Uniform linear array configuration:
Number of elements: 16
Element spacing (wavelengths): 1
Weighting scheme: hamming
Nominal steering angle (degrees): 45
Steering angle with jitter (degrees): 46.829
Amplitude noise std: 0.05
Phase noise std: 0.05

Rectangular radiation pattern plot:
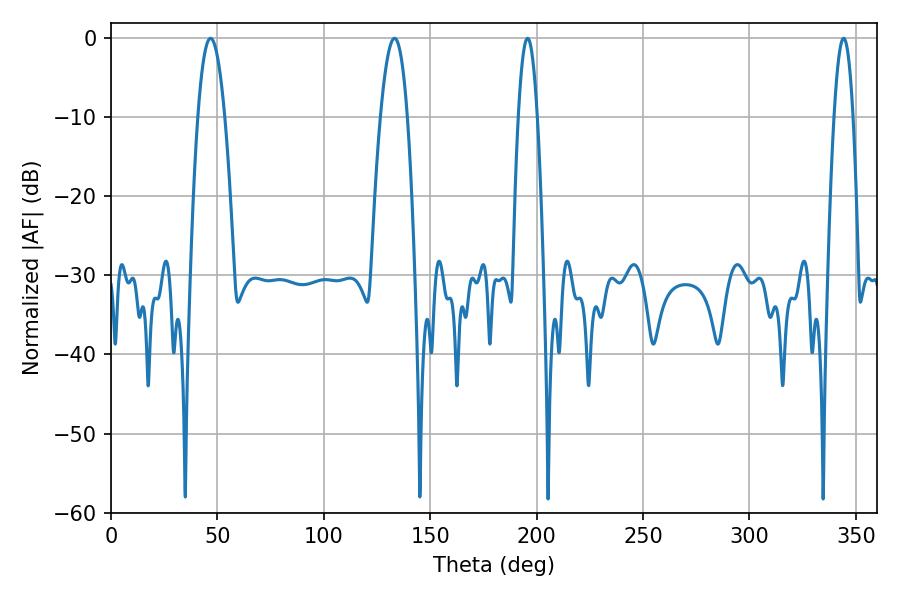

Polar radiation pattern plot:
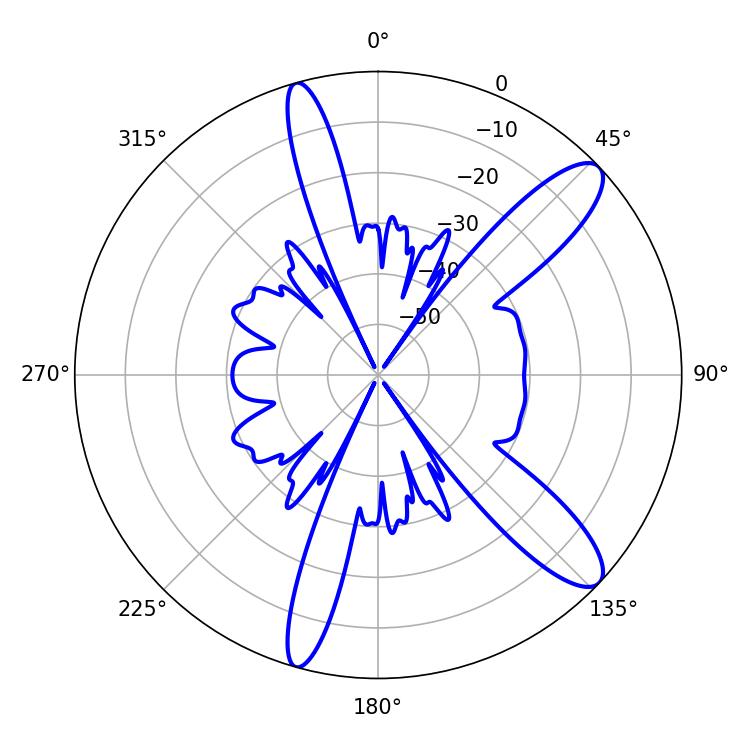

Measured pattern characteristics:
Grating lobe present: TRUE
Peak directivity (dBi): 11.53
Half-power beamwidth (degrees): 7.02
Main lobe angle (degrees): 46.8